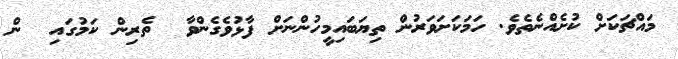
މައްޗަކަށް ކުށެއްނެތެވެ. ހަމަކަށަވަރުން ތިޔަބައިމީހުންނަށް ފާޅުވެގެންވާ  ތެރިން ކަމުގައި  ން